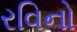
રવિનો